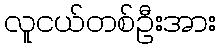
လူငယ်တစ်ဦးအား